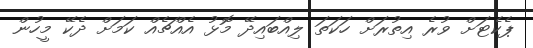
ޕެކެޓަށް ވުރެ އިތުރަށް ހަކަތަ ލިއްބައިދޭ މޮޅު އެއްޗެއް ކަމަށް ދެކޭ މީހުން